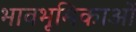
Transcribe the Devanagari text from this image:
भावभूमिकाओं